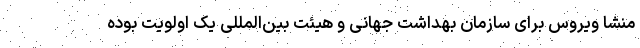
منشا ویروس برای سازمان بهداشت جهانی و هیئت بین‌المللی یک اولویت بوده